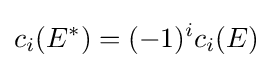
c_{i}(E^{*})=(-1)^{i}c_{i}(E)